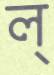
ল্